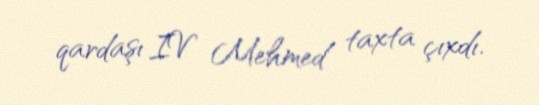
qardaşı IV Mehmed taxta çıxdı.